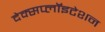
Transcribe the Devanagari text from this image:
देक्सप्लॉइटेशन